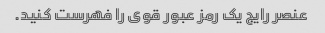
عنصر رایج یک رمز عبور قوی را فهرست کنید.